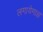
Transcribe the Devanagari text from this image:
लगायेगा॥।